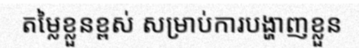
តម្លៃខ្លួនខ្ពស់ សម្រាប់ការបង្ហាញខ្លួន